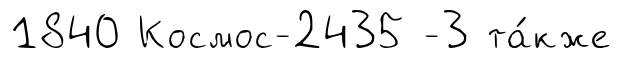
1840 Космос-2435 -3 та́кже